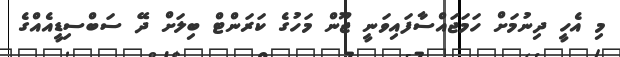
މި އެހީ ދިނުމަށް ހަމަޖައްސާފައިވަނީ ޖޫން މަހުގެ ކަރަންޓް ބިލަށް ދޭ ސަބްސިޑީއެއްގެ